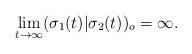
LaTeX: \begin{align*}\lim_{t \rightarrow \infty} (\sigma_1(t) | \sigma_2(t))_o = \infty.\end{align*}